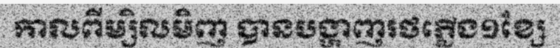
កាលពីម្សិលមិញ បានបង្ហាញរថភ្លើង១ខ្សែ